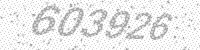
Solution: 603926